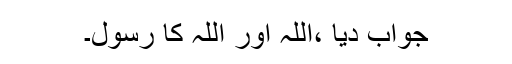
جواب دیا ،اللہ اور اللہ کا رسول۔